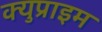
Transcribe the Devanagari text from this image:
क्युप्राइम